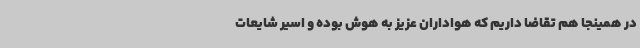
در همینجا هم تقاضا داریم که هواداران عزیز به هوش بوده و اسیر شایعات